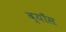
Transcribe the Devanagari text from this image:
ब्याँस